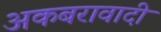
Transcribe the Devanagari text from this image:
अकबरावादी